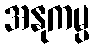
အနုကမ္ပ